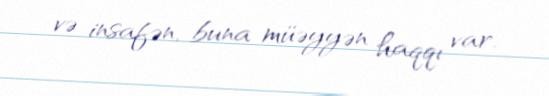
və insafən, buna müəyyən haqqı var.